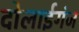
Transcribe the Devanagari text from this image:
दोलाईगंज